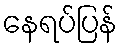
နေရပ်ပြန်